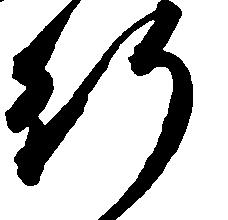
行